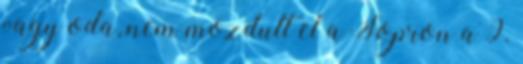
vagy oda, nem mozdult el a Sopron a 9.